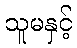
သူမနှင့်